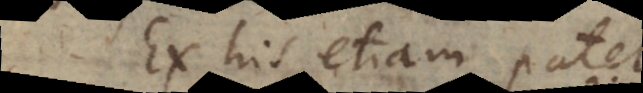
Ex his etiam p